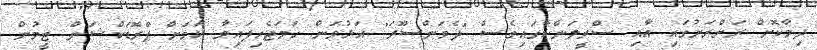
ދިމާކޮށް ރަށްރަށުގައި އާއި ސްރީލަންކާގައިވެސް "ދެވަންސޫރަ" އަޅުވަން ހަމަޖެހިފައިވާ ކަމަށް ޕްރޮޑަކްޝަން ޓީމުން